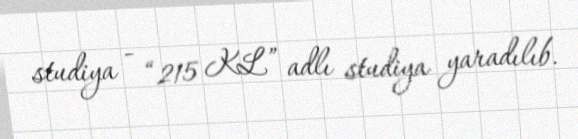
studiya - “215 KL” adlı studiya yaradılıb.